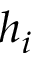
h _ { i }